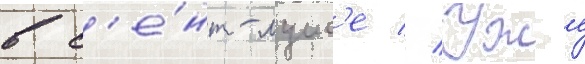
в с'е́нт-луис'е // Уже